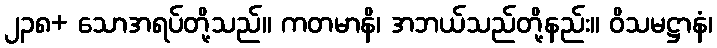
၂၃၈+ သောအရပ်တို့သည်။ ကတမာနိ၊ အဘယ်သည်တို့နည်း။ ဝိသမဋ္ဌာနံ၊